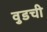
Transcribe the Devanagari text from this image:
वुडची